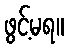
ဖွင့်မရ။